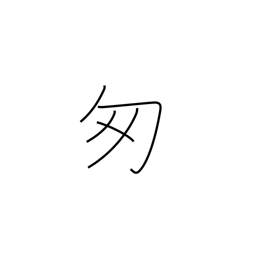
Meaning: be flustered